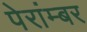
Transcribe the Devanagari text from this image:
पेरांम्बर